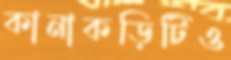
কানাকড়িটিও